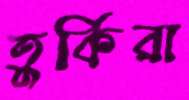
তুর্কিরা